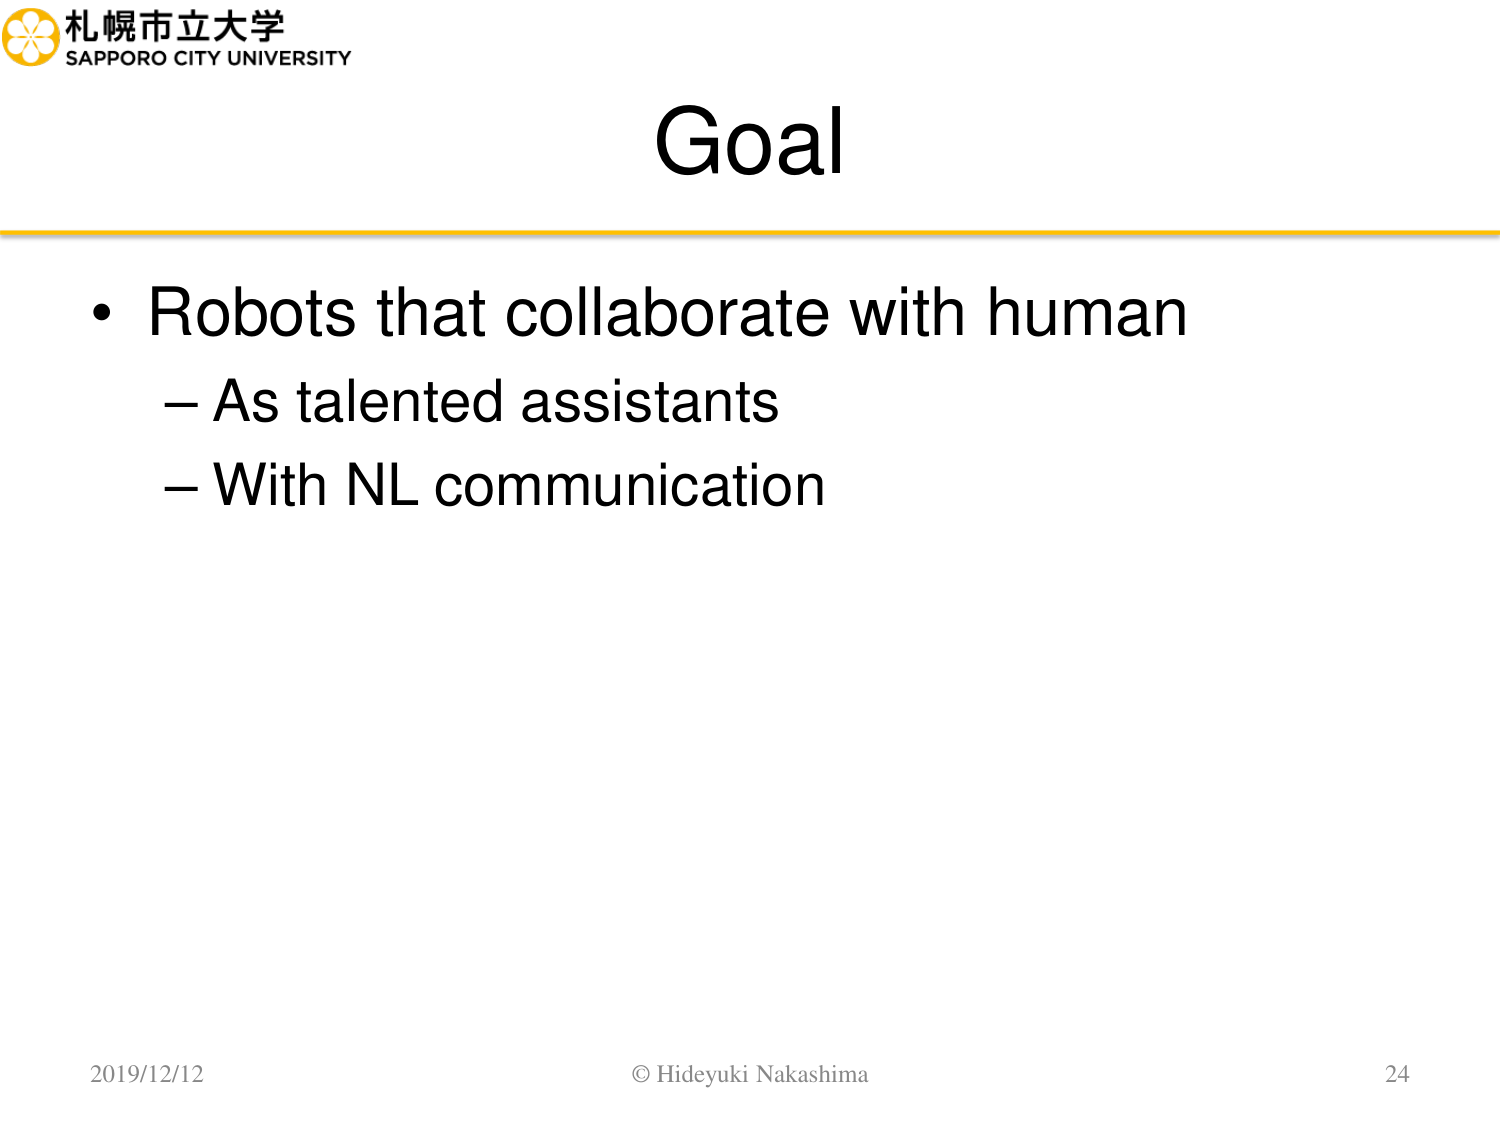
札幌市立大学
SAPPORO CITY UNIVERSITY

Goal

• Robots that collaborate with human
– As talented assistants
– With NL communication

2019/12/12
© Hideyuki Nakashima
24